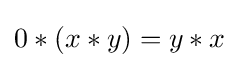
0*(x*y)=y*x